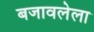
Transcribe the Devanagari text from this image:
बजावलेला